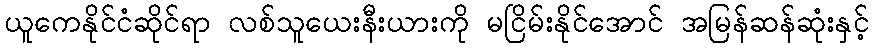
ယူကေနိုင်ငံဆိုင်ရာ လစ်သူယေးနီးယားကို မငြိမ်းနိုင်အောင် အမြန်ဆန်ဆုံးနှင့်